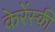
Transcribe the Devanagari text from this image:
केरेंस्की